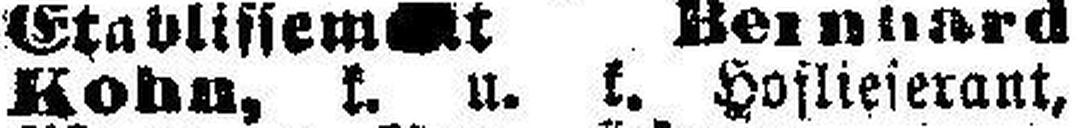
Kohn, k. u. k. Hoflieferant,